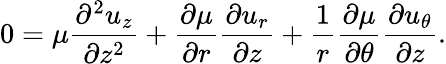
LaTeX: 0=\mu\frac{\partial^{2}u_{z}}{\partial z^{2}}+\frac{\partial\mu}{\partial r}\frac{\partial u_{r}}{\partial z}+\frac{1}{r}\frac{\partial\mu}{\partial\theta}\frac{\partial u_{\theta}}{\partial z}.